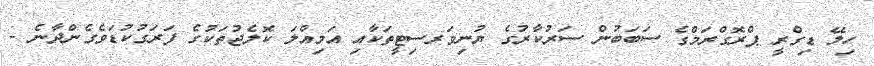
ހިލޭ ޑިގްރީ ޕްރޮގްރަމްގެ ސަބަބުން ސަރުކާރުގެ ޔުނިވަރސިޓީތަކާއި އަމިއްލަ ކޮލެޖުތަކުގެ ފަރަގުކުޑަވެގެންދާނެ -